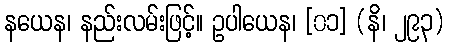
နယေန၊ နည်းလမ်းဖြင့်။ ဥပါယေန၊ [၀၁] (နိ၊ ၂၉၃)